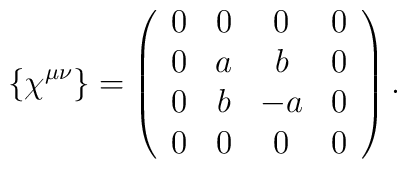
\{\chi^{\mu\nu}\} = \left(\begin{array}{cccc}0 & 0 & 0 & 0\\0 & a & b & 0 \\0 & b & -a & 0 \\0 & 0 & 0 & 0\end{array}\right).